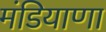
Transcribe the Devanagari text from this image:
मंडियाणा